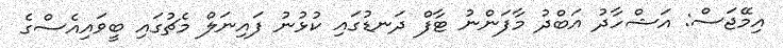
އިމޭޖަސް: އަޝްހާދު އަބްދު މާފަންނު ޓާފް ދަނޑުގައި ކުޅުނު ފައިނަލް މެޗުގައި ބީވައިއެސްގެ